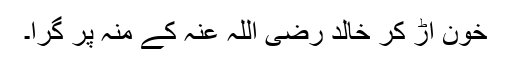
خون اڑ کر خالد رضی اللہ عنہ کے منہ پر گرا۔